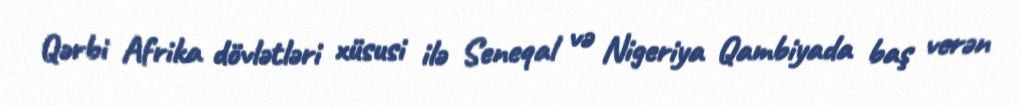
Qərbi Afrika dövlətləri xüsusi ilə Seneqal və Nigeriya Qambiyada baş verən